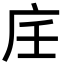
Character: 𢇦